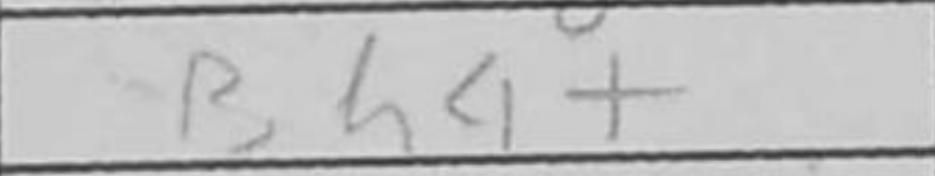
Transcription: Bh4+